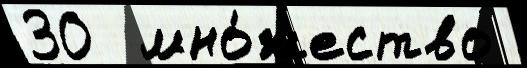
30  мно́жество